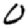
Digit: 0